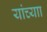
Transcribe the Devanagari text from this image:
यांच्याा